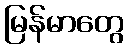
မြန်မာတွေ